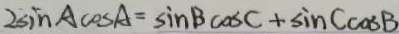
2 \sin A \cos A = \sin B \cos A + \sin C \cos B